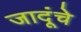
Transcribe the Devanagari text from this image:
जादूंचे